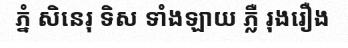
ភ្នំ សិនេរុ ទិស ទាំងឡាយ ភ្លឺ រុងរឿង